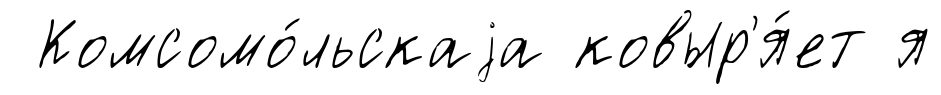
Комсомо́льскаjа ковыр'я́ет я